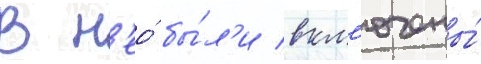
В н'ео́ бы́л'и вкл'ючены́